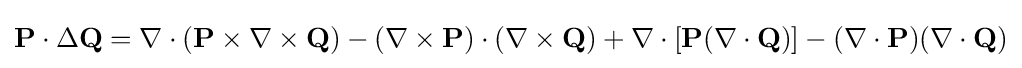
\mathbf {P} \cdot \Delta \mathbf {Q} =\nabla \cdot (\mathbf {P} \times \nabla \times \mathbf {Q} )-(\nabla \times \mathbf {P} )\cdot (\nabla \times \mathbf {Q} )+\nabla \cdot [\mathbf {P} (\nabla \cdot \mathbf {Q} )]-(\nabla \cdot \mathbf {P} )(\nabla \cdot \mathbf {Q} )